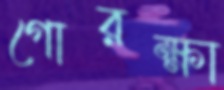
গোরক্ষা